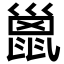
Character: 巤